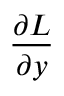
\frac { \partial L } { \partial y }